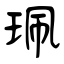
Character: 珮